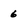
Character: 6